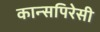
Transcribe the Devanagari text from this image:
कान्सपिरेसी